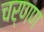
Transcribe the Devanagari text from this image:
चर्णण